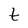
Character: t